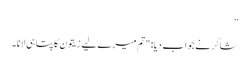
”
شاکر نے جواب دیا: "تم میرے لیے زیتون کا پتا ہی لانا۔